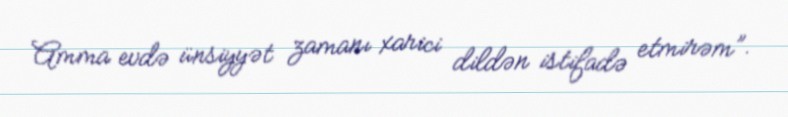
Amma evdə ünsiyyət zamanı xarici dildən istifadə etmirəm”.